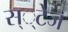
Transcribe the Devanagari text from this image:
स््टेज